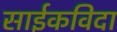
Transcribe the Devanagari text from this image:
साईकविदा